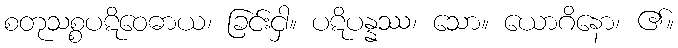
စတုသစ္စပဋိဝေဓာယ၊ ခြင်းငှါ။ ပဋိပန္နဿ၊ သော။ ယောဂိနော၊ ၏။